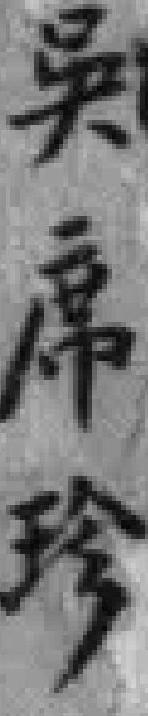
吴席珍